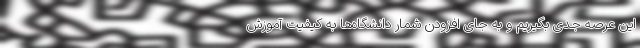
این عرصه جدی بگیریم و به جای افزودن شمار دانشگاه‌ها به کیفیت آموزش